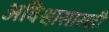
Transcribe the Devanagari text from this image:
अविश्वासासही